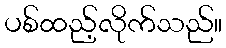
ပစ်ထည့်လိုက်သည်။